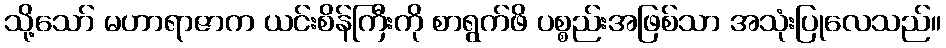
သို့သော် မဟာရာဇာက ယင်းစိန်ကြီးကို စာရွက်ဖိ ပစ္စည်းအဖြစ်သာ အသုံးပြုလေသည်။